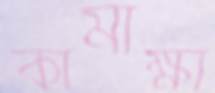
কামাক্ষা